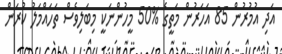
އަދި އުމުރުން 85 އަހަރުން މަތީގެ %50 މީހުންނަކީ މިބަލިވެސް ތަހައްމަލު ކުރަން